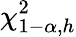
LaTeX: \chi_{1-\alpha,h}^{2}